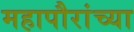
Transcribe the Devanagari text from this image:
महापौरांच्या